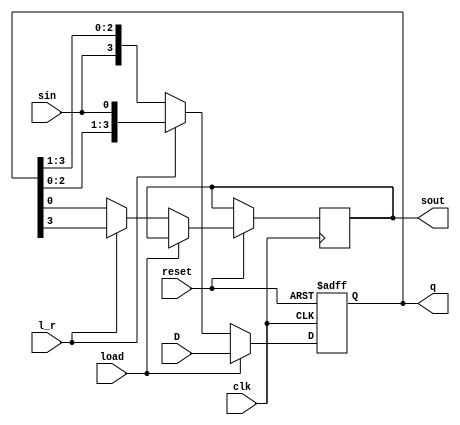
module myShiftRegsiter ( 
	input [3:0] D,
	input sin,
	input load,
	input l_r,
	input clk,
	input reset,
	output reg [3:0] q,
	output reg sout 
);


always@(posedge clk or negedge reset)
begin
	if(~reset)
		q <= 4'b0000;
	else if(~load) 
	begin 
		if ( l_r )
		begin
			q <= {q[2:0],sin};
			sout = q[3];
		end
		else
		begin 
			q <= {sin,q[3:1]};
			sout = q[0];
		end
	end	
	else 
		begin 
			q <= D;
		end
end
endmodule